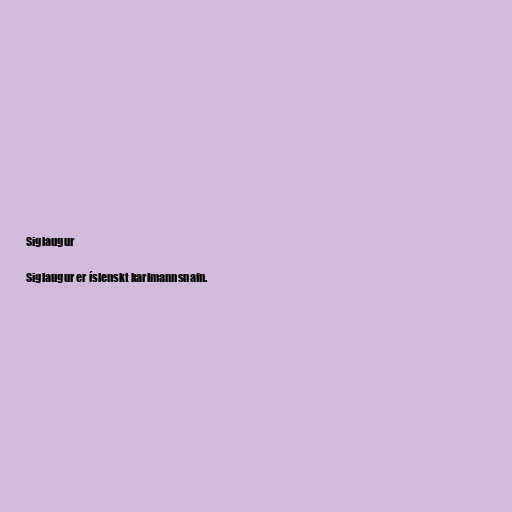
Siglaugur

Siglaugur er íslenskt karlmannsnafn.